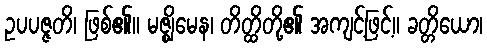
ဥပပဇ္ဇတိ၊ ဖြစ်၏။ မဇ္ဈိမေန၊ တိတ္ထိတို့၏ အကျင့်ဖြင့်။ ခတ္တိယော၊